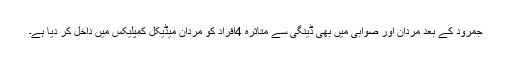
جمرود کے بعد مردان اور صوابی میں بھی ڈینگی سے متاثرہ 4افراد کو مردان میڈیکل کمپلیکس میں داخل کر دیا ہے۔